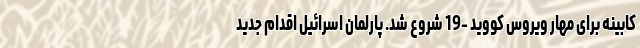
کابینه برای مهار ویروس کووید -19 شروع شد. پارلمان اسرائیل اقدام جدید